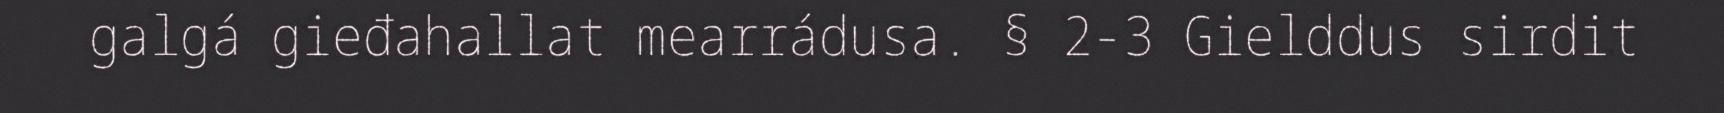
galgá gieđahallat mearrádusa. § 2-3 Gielddus sirdit